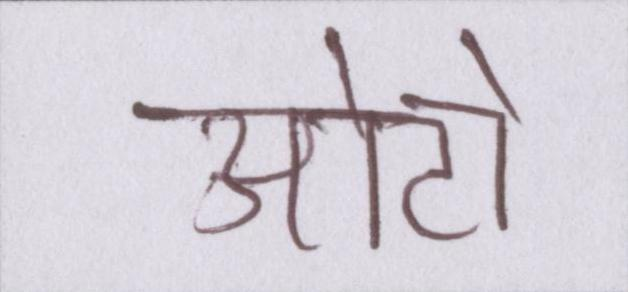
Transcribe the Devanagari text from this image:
ओटो